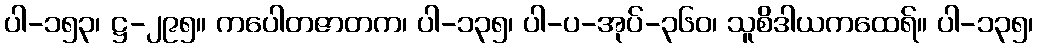
ပါ-၁၅၃၊ ဋ္ဌ-၂၉၅။ ကပေါတဇာတက၊ ပါ-၁၃၅၊ ပါ-ပ-အုပ်-၃၆၀၊ သူစိဒါယကထေရ်။ ပါ-၁၃၅၊